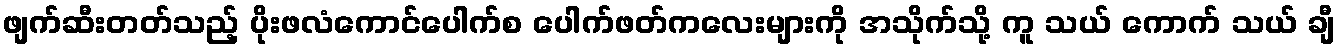
ဖျက်ဆီးတတ်သည့် ပိုးဖလံကောင်ပေါက်စ ပေါက်ဖတ်ကလေးများကို အသိုက်သို့ ကူ သယ် ကောက် သယ် ချီ